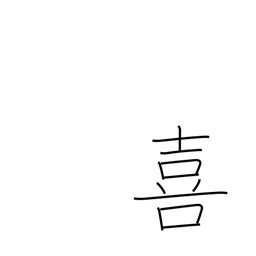
Meaning: rejoice